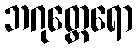
ဘဂုတ္ထေရော